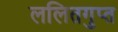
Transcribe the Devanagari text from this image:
ललितगुप्त